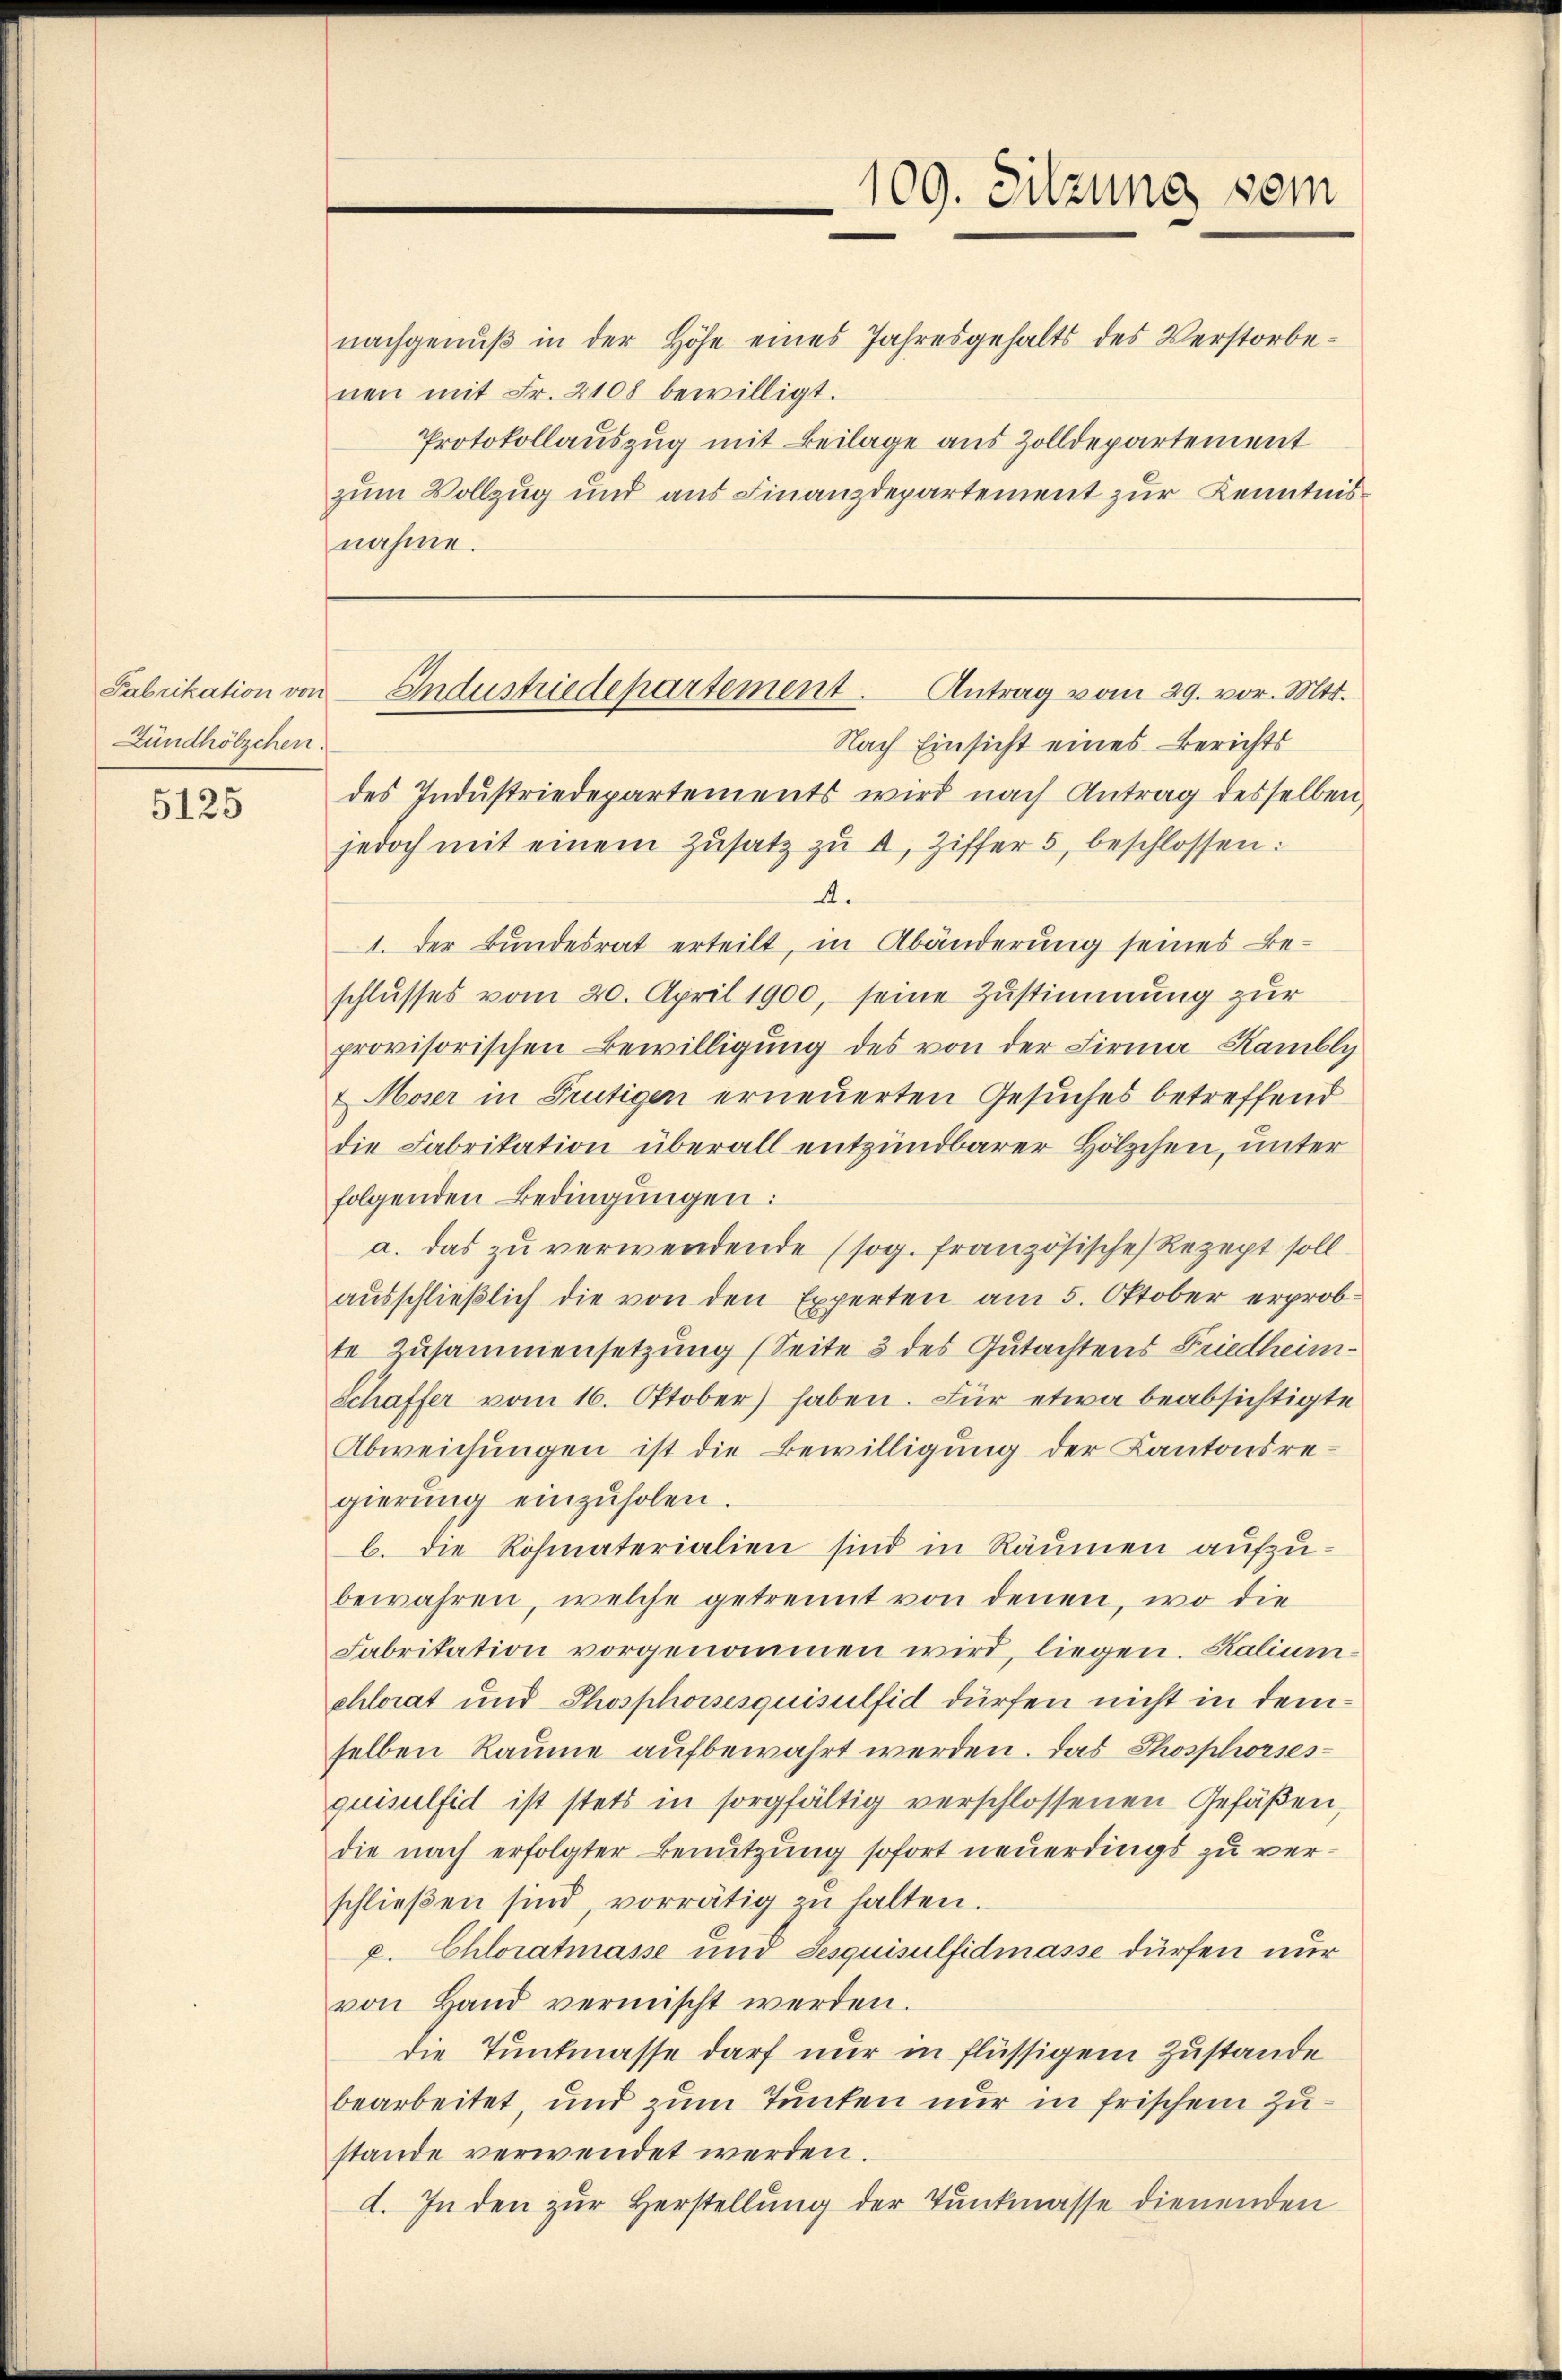
Fabrikation von
Zündhölzchen.

5125

nachgenŭβ in der Höhe eines Jahresgehalts des Verstorbenen mit Fr. 2108 bewilligt.
Protokollauszug mit Beilage aus Zolldepartement
zum Vollzug und aus Finanzdepartement zur Kenntnisnahme.

109. Sitzung sein

Nach Einsicht eines Berichts
des Indŭstriedepartements wird nach Antrag desselben,
jedoch mit einem Zŭsatz zŭ a, Ziffer 5 beschlossen:
4.
1. Der Bundesrat erteilt, in Abänderung seines Be-
schlusses vom 20. April 1900, seine Zustimmung zur
provisorischen Bewilligung des von der Firma Kambly
 Moser in Frutigen erneuerten Gesuches betreffend
die Fabrikation überall entzündbarer Hölzchen, unter
folgenden Bedingungen:
a. das zu verwendende (sog. französische Rezept soll
aŭsschlieβlich die von den Experten am 5. Oktober erprob-
te Zusammensetzung (Seite 3 des Gutachtens Friedheim-
Schaffer vom 16. Oktober) haben. Für etwa beabsichtigte
Abweichungen ist die Bewilligung der Kantonsregierŭng einzŭholen.
b. Die Rohmaterialien sind in Räumen aufzubewahren, welche getrennt von denen, wo die
Fabrikation vorgenommen wird, liegen. Kaliumehlorat und Phosphorsesquisulfid dürfen nicht in demselben Raume aufbewahrt werden. Das Thosphorses-
quisulfid ist stets in sorgfältig verschlossenen Gefäßen,
die nach erfolgter Benutzung sofort neuerdings zu verschlieβen sind, vorrätig zŭ halten.
x. Chloratmasse und Sesquisulfidmasse dürfen nur
von Hand vermischt werden.
die Tunkmasse darf nur in flüssigem Zustande
bearbeitet, und zŭm Tunken nur in frischem Zustande verwendet werden.
d. In den zŭr Herstellung der Tunkmasse dienenden

Antrag vom 29. vor. Mts.
Industriedepartement.